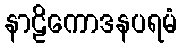
နာဠိကောဒနပရမံ